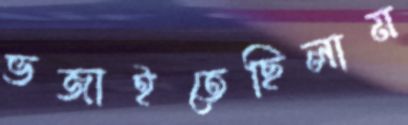
ভজাইতেছিলাম